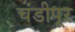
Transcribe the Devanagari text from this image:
चंडीपूर